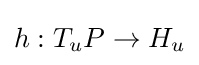
h:T_{u}P\to H_{u}